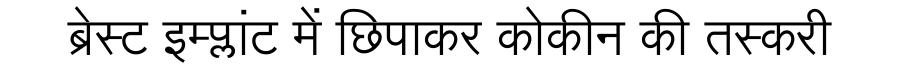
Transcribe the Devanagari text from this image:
ब्रेस्ट इम्प्लांट में छिपाकर कोकीन की तस्करी